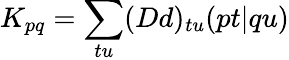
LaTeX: K_{pq}=\sum_{tu}(Dd)_{tu}(pt|qu)